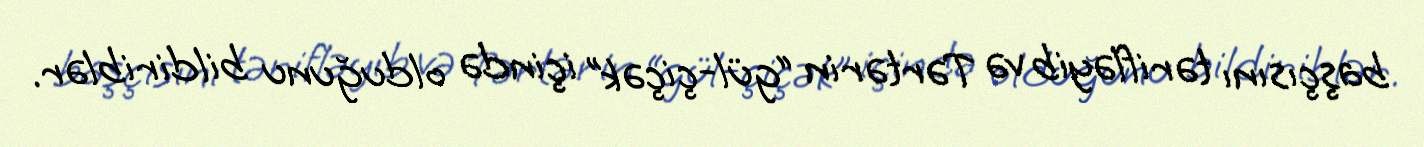
başçısını tərifləyib və Tərtərin “gül-çiçək” içində olduğunu bildiriblər.